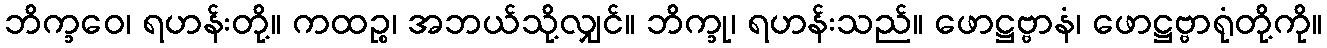
ဘိက္ခဝေ၊ ရဟန်းတို့။ ကထဉ္စ၊ အဘယ်သို့လျှင်။ ဘိက္ခု၊ ရဟန်းသည်။ ဖောဋ္ဌဗ္ဗာနံ၊ ဖောဋ္ဌဗ္ဗာရုံတို့ကို။